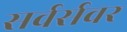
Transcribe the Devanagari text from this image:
सर्वर्सवर